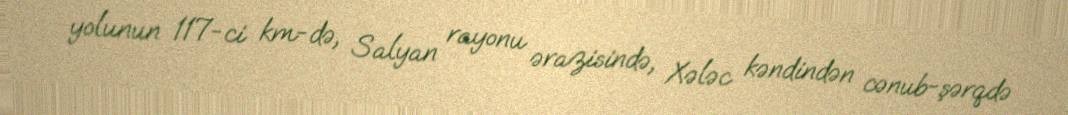
yolunun 117-ci km-də, Salyan rayonu ərazisində, Xələc kəndindən cənub-şərqdə